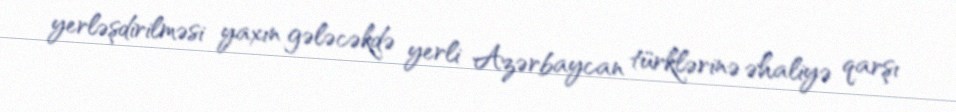
yerləşdirilməsi yaxın gələcəkdə yerli Azərbaycan türklərinə əhaliyə qarşı